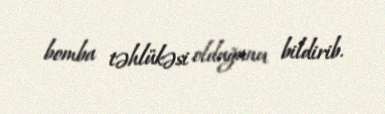
bomba təhlükəsi olduğunu bildirib.